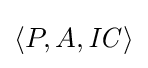
\langle P,A,{\mathit {IC}}\rangle